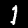
Label: 1